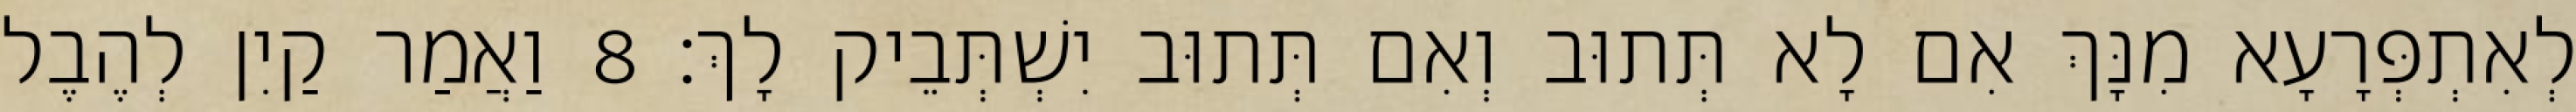
לְאִתְפְּרָעָא מִנָּךְ אִם לָא תְּתוּב וְאִם תְּתוּב יִשְׁתְּבֵיק לָךְ׃ 8 וַאֲמַר קַיִן לְהֶבֶל